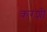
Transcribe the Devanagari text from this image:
क़रशी